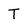
Character: T